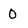
Character: 0